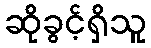
ဆိုခွင့်ရှိသူ